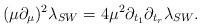
LaTeX: \begin{align*}(\mu\partial_{\mu})^2\lambda_{SW}=4\mu^{2}\partial_{t_{1}}\partial_{t_{r}}\lambda_{SW}.\end{align*}